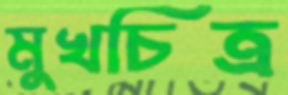
মুখচিত্র